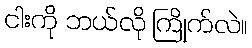
ငါးကို ဘယ်လို ကြိုက်လဲ။